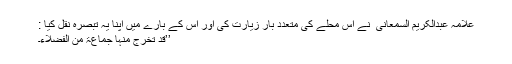
علامہ عبدالکریم السمعانی ؒ نے اس محلے کی متعدد بار زیارت کی اور اس کے بارے میں اپنا یہ تبصرہ نقل کیا :
’’قد تخرج منہا جماعۃ من الفضلاء۔